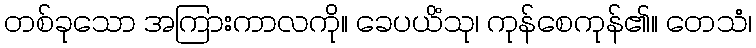
တစ်ခုသော အကြားကာလကို။ ခေပယိံသု၊ ကုန်စေကုန်၏။ တေသံ၊